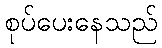
စုပ်ပေးနေသည်